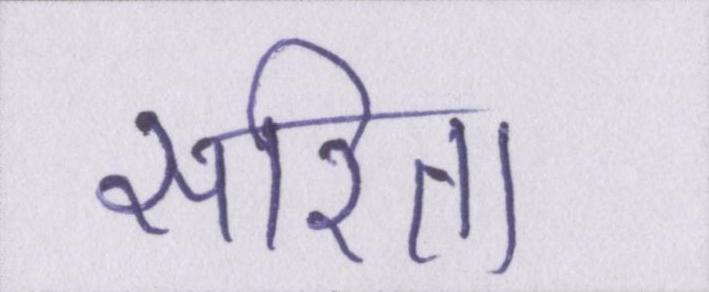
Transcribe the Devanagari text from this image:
सरिता